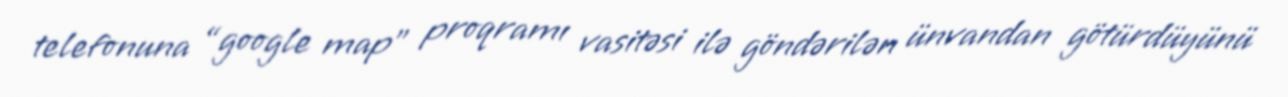
telefonuna “google map” proqramı vasitəsi ilə göndərilən ünvandan götürdüyünü